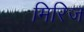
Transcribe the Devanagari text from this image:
मिरिज